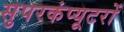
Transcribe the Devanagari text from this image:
सुपरकंप्यूटरों